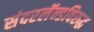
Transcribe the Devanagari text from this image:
संदरलॅन्डविरुद्ध